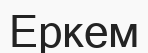
Еркем